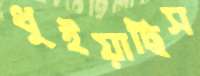
ধুইয়াছিস